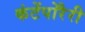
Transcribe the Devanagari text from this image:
कंटेंपोरैरी